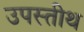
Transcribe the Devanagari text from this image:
उपस्तीथ